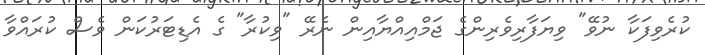
ކުރެވިފަކާ ނުވޭ" ވިޔަފާރިވެރިންގެ ޖަމްއިއްޔާއިން ނެރޭ "ވިކުރާ" ގެ އެޑިޓަރުކަން ވެސް ކުރައްވާ